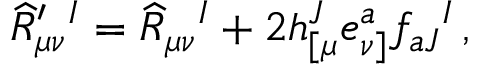
\widehat R _ { \mu \nu } ^ { \prime } { } ^ { I } = \widehat R _ { \mu \nu } { } ^ { I } + 2 h _ { [ \mu } ^ { J } e _ { \nu ] } ^ { a } f _ { a J } { } ^ { I } \, ,